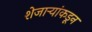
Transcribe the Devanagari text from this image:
शेजार्‍यांकडून